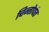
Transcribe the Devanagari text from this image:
चिन्तोपंत